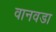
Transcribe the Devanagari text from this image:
वानवडा